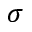
\sigma